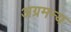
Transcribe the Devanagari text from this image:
अग्रमन्य